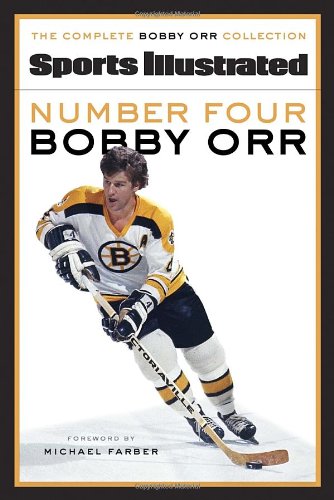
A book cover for Number Four Bobby Orr; Sports Illustrated; Biographies & Memoirs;